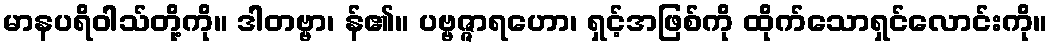
မာနပရိဝါသ်တို့ကို။ ဒါတဗ္ဗာ၊ န်၏။ ပဗ္ဗဇ္ဇာရဟော၊ ရှင့်အဖြစ်ကို ထိုက်သောရှင်လောင်းကို။